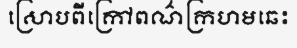
ស្រោបពីក្រៅពណ៌ក្រហមឆេះ